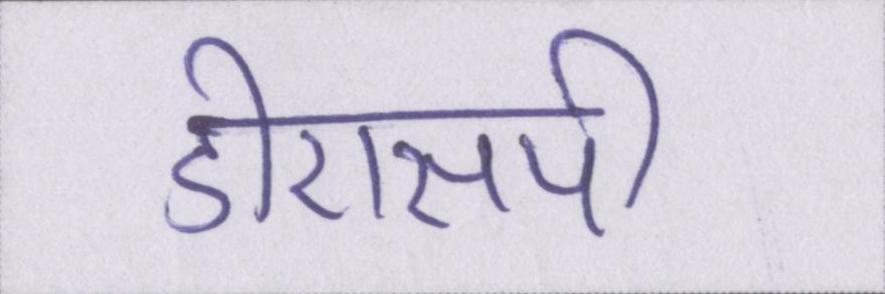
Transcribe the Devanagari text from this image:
डीएसपी